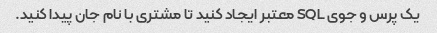
یک پرس و جوی SQL معتبر ایجاد کنید تا مشتری با نام جان پیدا کنید.